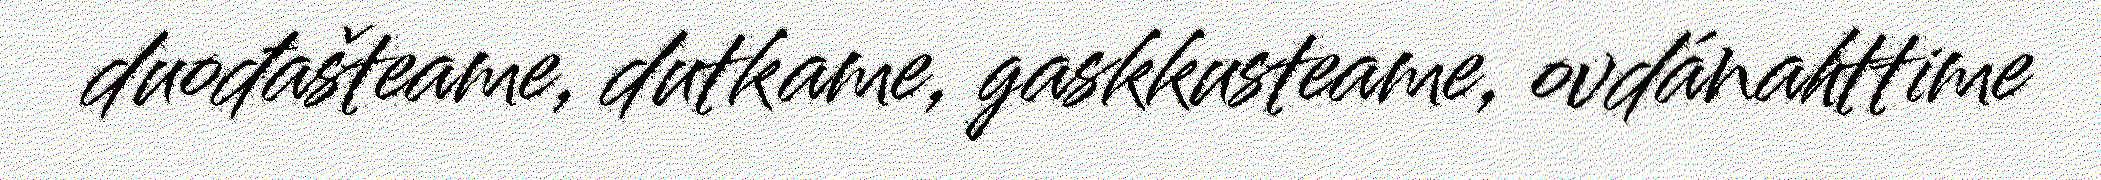
duođašteame, dutkame, gaskkusteame, ovdánahttime